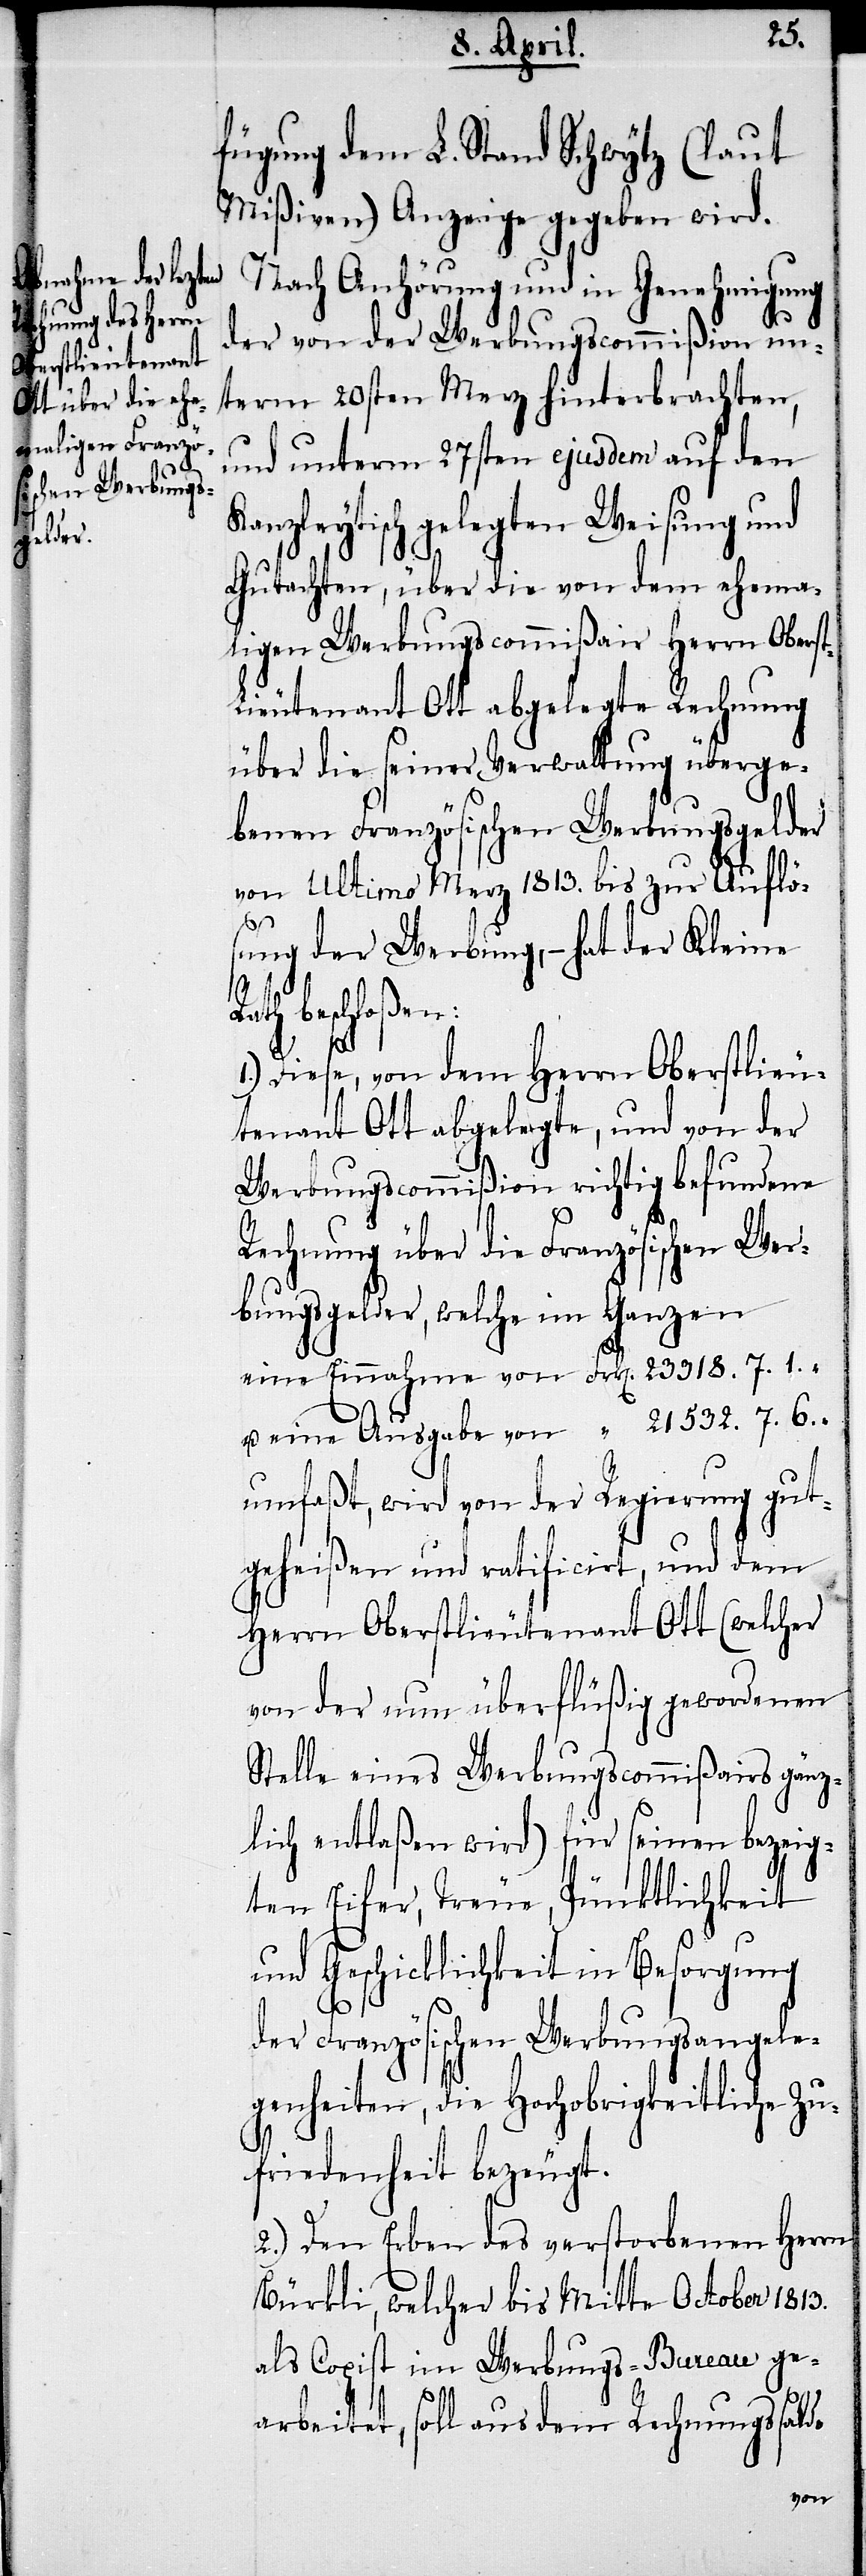
R¬
fügung dem L. Stand Schwytz (laut
Mißiven) Anzeige gegeben wird.
Nach Anhörung und in Genehmigung
der von der Werbungscommißion un¬
term 20sten Merz hinterbrachten,
und unterm 27sten ejusdem auf den
Kanzleytisch gelegten Weisung und
Gutachten, über die von dem ehema¬
ligen Werbungscommißair Herrn Obers¬
ieutenant Ott abgelegte Rechnung
über die seiner Verwaltung überge¬
benen Französischen Werbungsgelder
von ultimo Merz 1813. bis zur Auflös¬
ung der Werbung, – hat der Kleine
ath beschloßen:
1.) Diese, von dem Herrn Oberstlieu¬
tenant Ott abgelegte, und von der
Werbungscommißion richtig befundene
Rechnung über die Französischen Wer¬
bungsgelder, welche im Ganzen
eine Einnahme von 	Frk[en].	23 318. 7. 1.
u. eine Ausgabe von	 “	21 532. 7. 6.
umfaßt, wird von der Regierung gut¬
geheißen und ratificirt, und dem
Herrn Oberstlieutenant Ott (welcher
von der nun überflüßig gewordenen
Stelle eines Werbungscommißairs gänz¬
lich entlaßen wird) für seinen bezeig¬
ten Eifer, Treue, Pünktlichkeit
und Geschicklichkeit in Besorgung
der Französischen Werbungsangele¬
genheiten, die Hochobrigkeitliche Zu¬
friedenheit bezeugt.
2.) Den Erben des verstorbenen Herrn
Bürkli, welcher bis Mitte Oktober 1813.
als Copist im Werbungs-Bureau ge¬
arbeitet, soll aus dem Rechnungssaldo